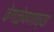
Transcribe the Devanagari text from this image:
वेगळेपणाच्या